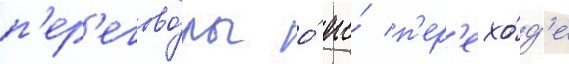
п'ер'егово́ры о́ его́ п'ер'ехо́д'е